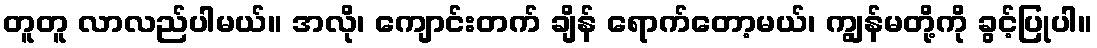
တူတူ လာလည်ပါမယ်။ အလို၊ ကျောင်းတက် ချိန် ရောက်တော့မယ်၊ ကျွန်မတို့ကို ခွင့်ပြုပါ။